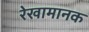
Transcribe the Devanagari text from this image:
रेखामानक